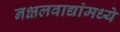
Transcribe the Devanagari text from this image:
नक्षलवाद्यांमध्ये